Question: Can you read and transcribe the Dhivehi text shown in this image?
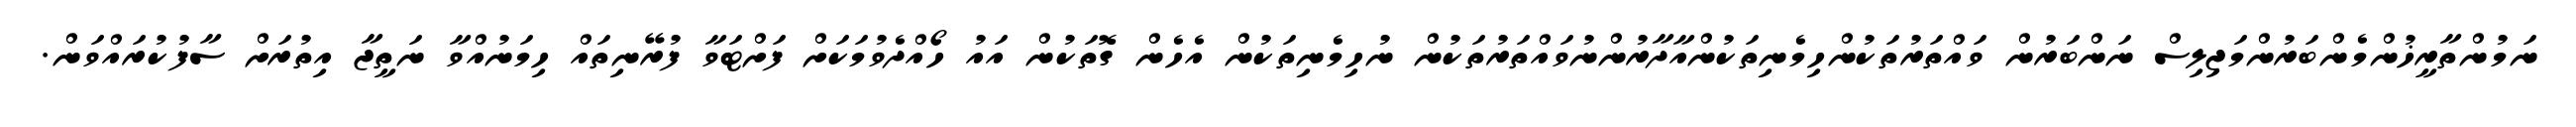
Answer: ނަމުންތާރީޚުންމެންބަރުންމަޖިލިސް ނަންބަރުން ވައްތަރުތަކުންހިމެނިތަކުންއާދާރުންނުވައްތަރުތަކުން ނުހިމެނިތަކުން އެހެން ގޮތަކުން އައު ހޯއްދެވުމަކަށް ފަށްޓަވާ ފުރޭނިތައް ހިމަނުއްވާ ނަތީޖާ އިތުރަށް ސާފުކުރައްވަން.